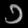
Digit: ၁